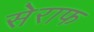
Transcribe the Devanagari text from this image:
सेराफ